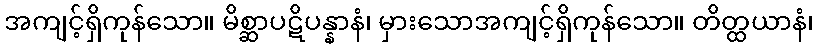
အကျင့်ရှိကုန်သော။ မိစ္ဆာပဋိပန္နာနံ၊ မှားသောအကျင့်ရှိကုန်သော။ တိတ္ထယာနံ၊